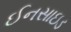
ઈનસાઇડ